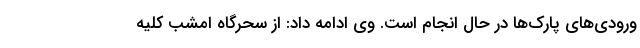
ورودی‌های پارک‌ها در حال انجام است. وی ادامه داد: از سحرگاه امشب کلیه